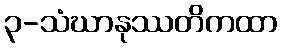
၃-သံဃာနုဿတိကထာ